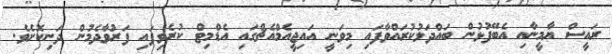
ރައީސް ޔާމީނާއި އެބޭފުޅުން ބައްދަލުކުރައްވާފައި މިވަނީ އައިޖީއެމްއެޗްގައި އެޑްމިޓް ކުރެވިފައި ފަރުވާދެމުން ދަނިކޮށެވެ.